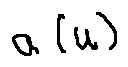
a ( u )